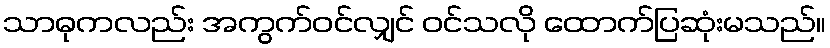
သာဓုကလည်း အကွက်ဝင်လျှင် ဝင်သလို ထောက်ပြဆုံးမသည်။